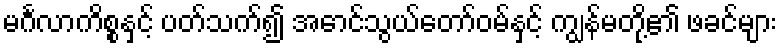
မင်္ဂလာကိစ္စနှင့် ပတ်သက်၍ အောင်သွယ်တော်ဝမ်နှင့် ကျွန်မတို့၏ ဖခင်များ